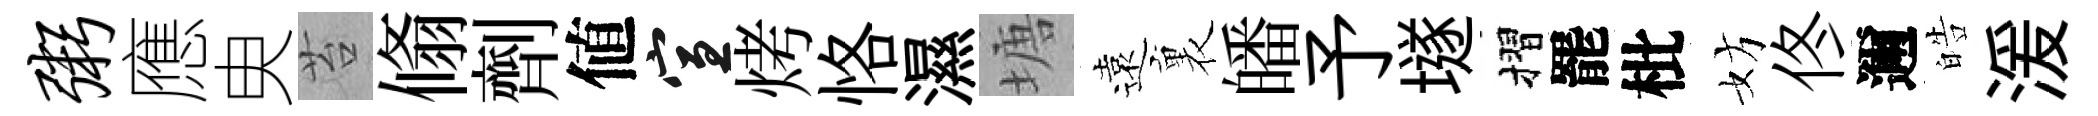
粥應㬰苔翛劑値宣烤恪濕塘遠裏皤予𡑞摺罷枇妨佟邇皓湲